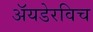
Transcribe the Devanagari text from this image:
अॅयडेरविच